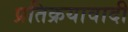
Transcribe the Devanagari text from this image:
प्रतिक्रयावादी